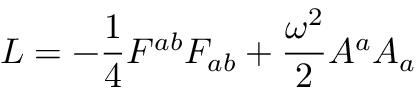
{ \cal L } = - { \frac { 1 } { 4 } } { F ^ { a b } F _ { a b } } + { \frac { \omega ^ { 2 } } { 2 } } A ^ { a } A _ { a }